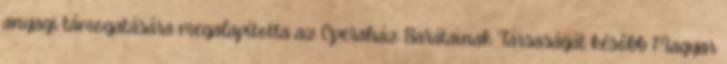
anyagi támogatására megalapította az Operaház Barátainak Társaságát később Magyar